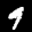
Label: 9